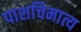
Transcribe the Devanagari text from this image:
पाशचिमात्य